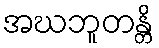
အဃဘူတန္တိ